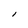
Character: l